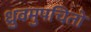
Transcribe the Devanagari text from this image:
ध्रुवमुपचितो